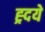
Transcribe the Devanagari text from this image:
ह्र्दये